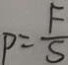
P = \frac { F } { S }